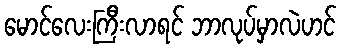
မောင်လေးကြီးလာရင် ဘာလုပ်မှာလဲဟင်